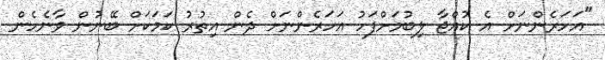
"އަހަރެންނަށް އެ ކުއްޖާ ލިބުމަށްފަހު އަހަރެންނަށް ދެން އިތުރު ކަމަކަށް ބޭނުން ވާނެހެން